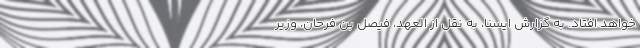
خواهد افتاد. به گزارش ایسنا، به نقل از العهد، فیصل بن فرحان، وزیر